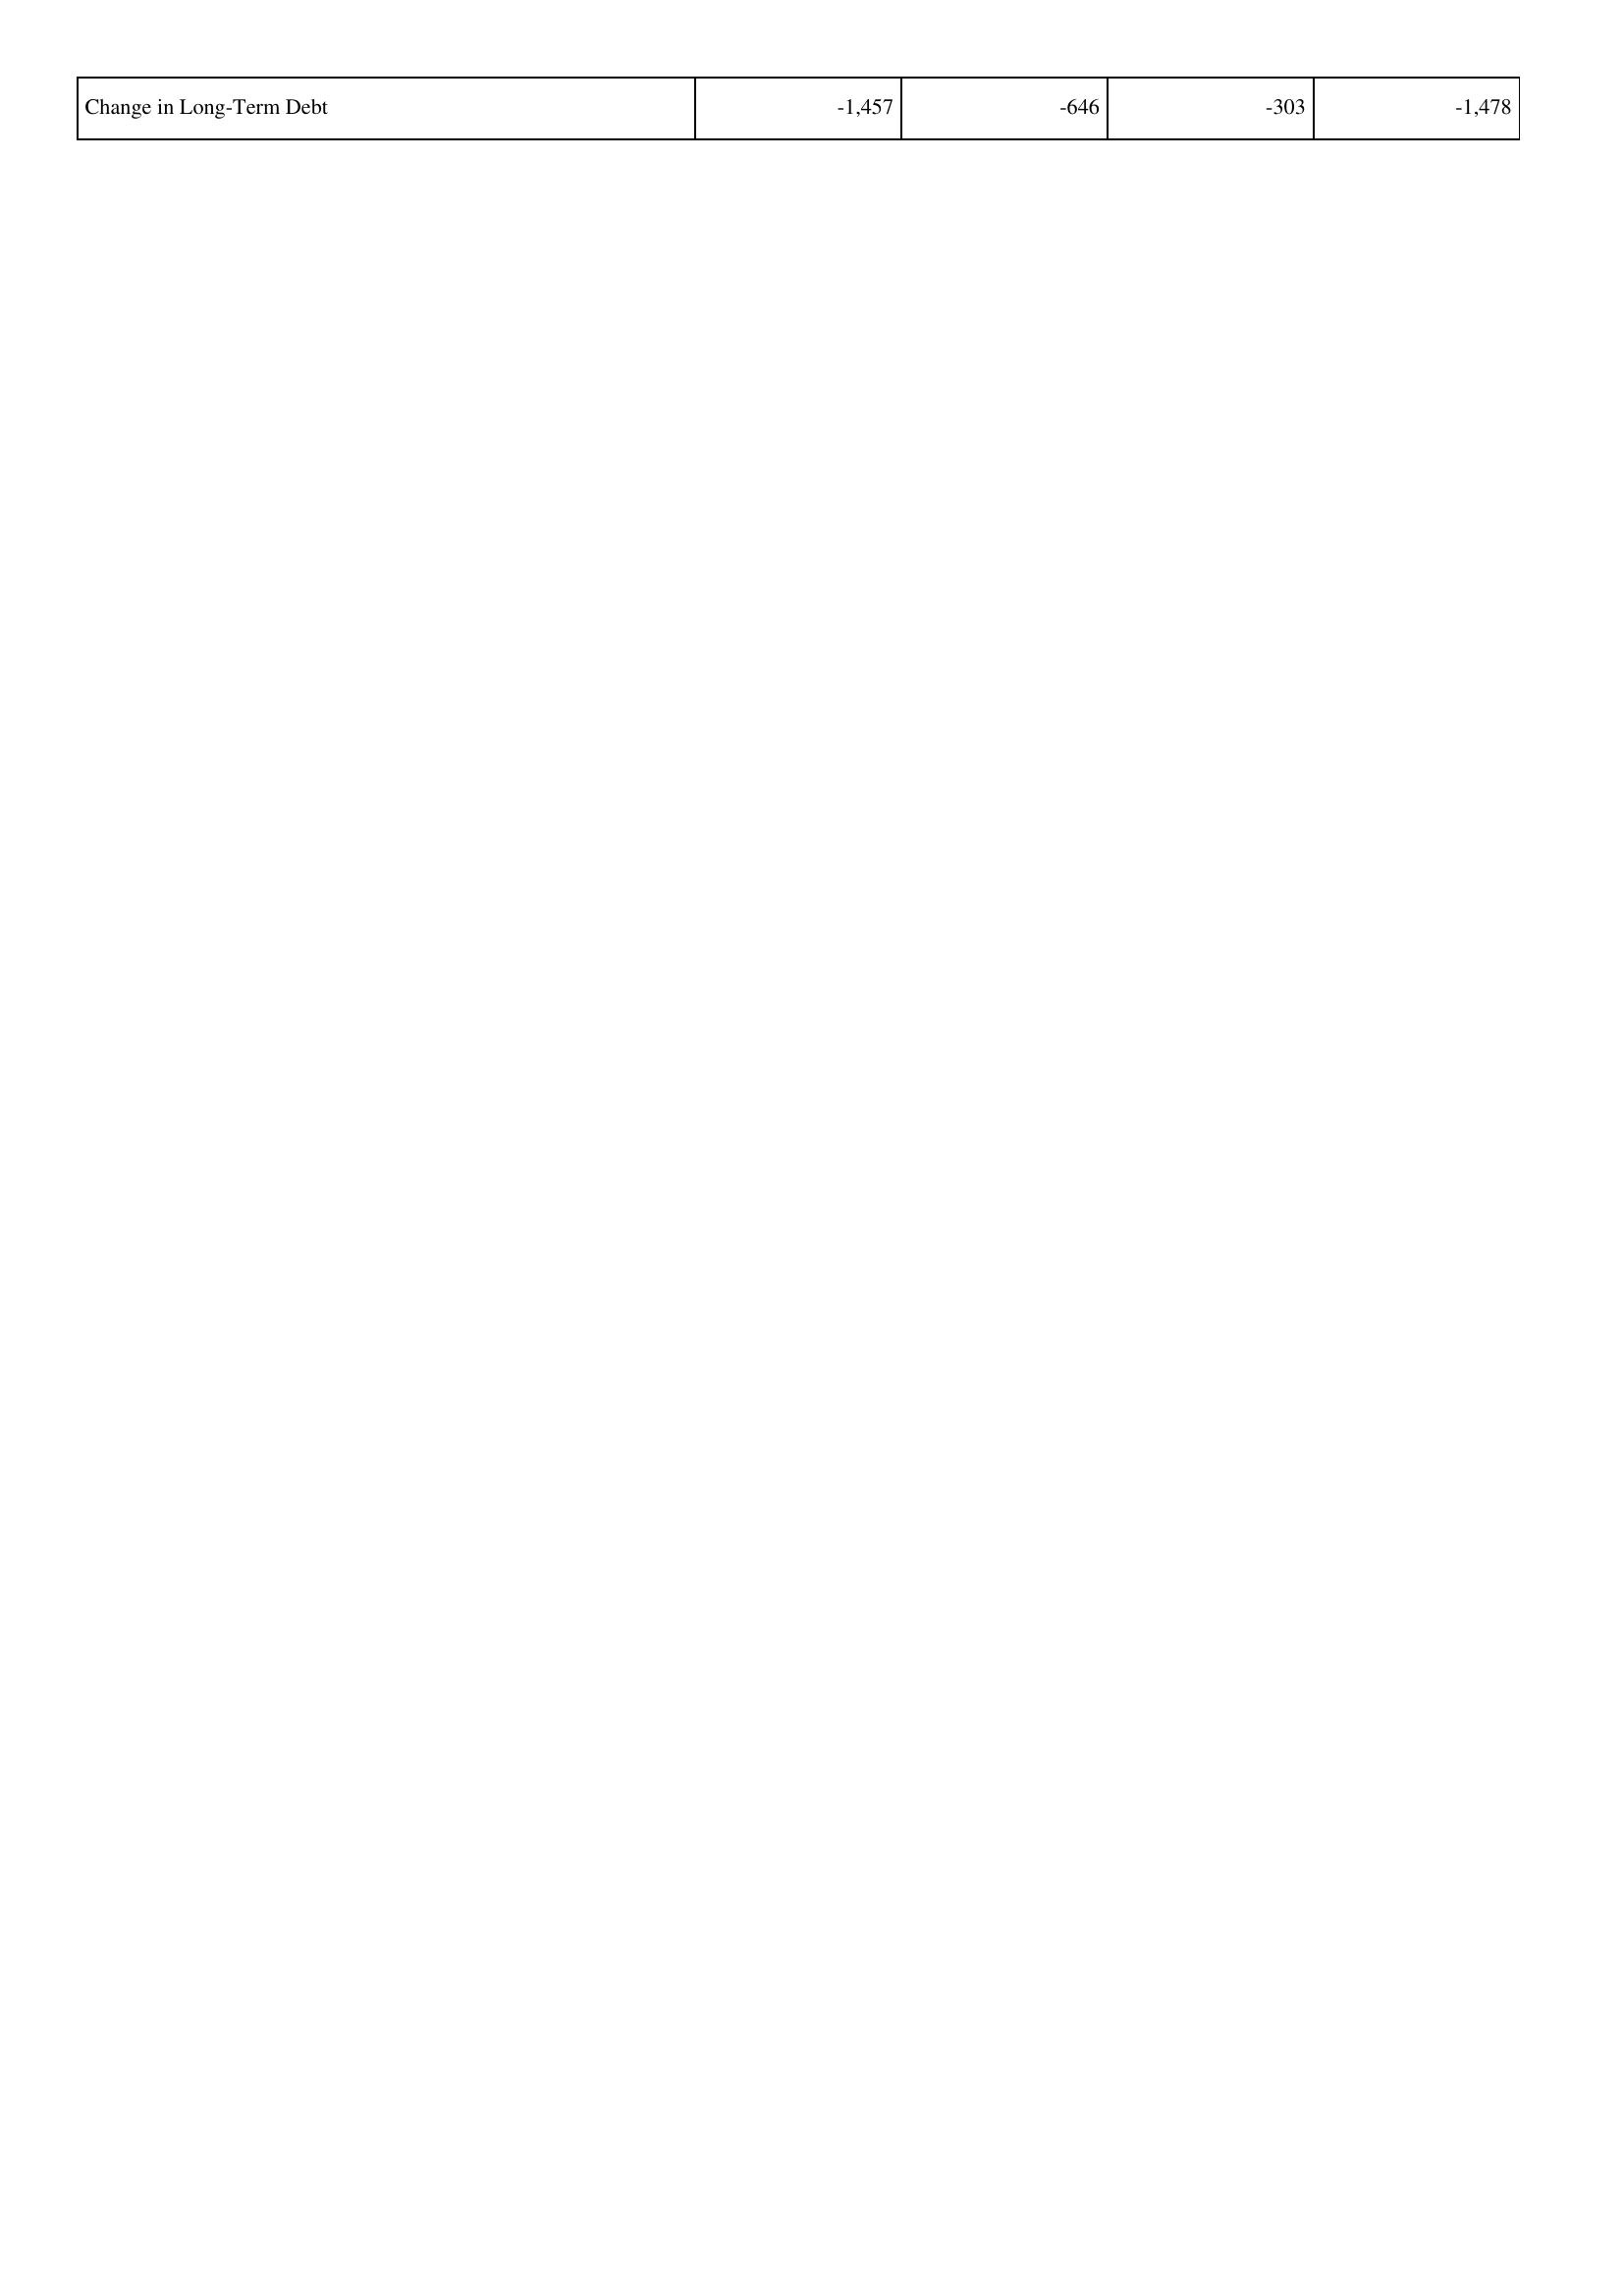
2019: Financing Activities: Change in Long-Term Debt: -1,457
2018: Financing Activities: Change in Long-Term Debt: -646
2017: Financing Activities: Change in Long-Term Debt: -303
2016: Financing Activities: Change in Long-Term Debt: -1,478